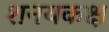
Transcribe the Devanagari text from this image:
शनयकक्ष